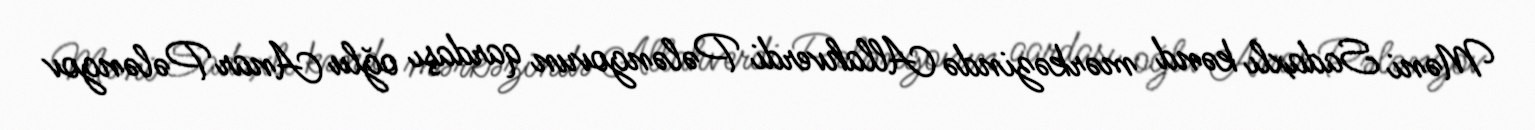
Məni Sadaxlı kənd mərkəzində Allahverdi Pələngovun qardaşı oğlu Anar Pələngov